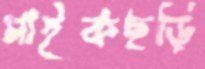
মাইকছড়ি